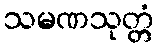
သမဏသုတ္တံ